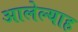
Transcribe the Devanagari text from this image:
आलेल्याह